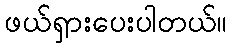
ဖယ်ရှားပေးပါတယ်။